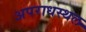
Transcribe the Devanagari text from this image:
अपराधस्थल